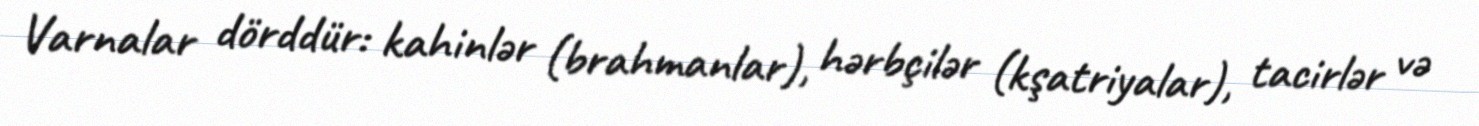
Varnalar dörddür: kahinlər (brahmanlar), hərbçilər (kşatriyalar), tacirlər və